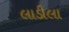
લાડીલા